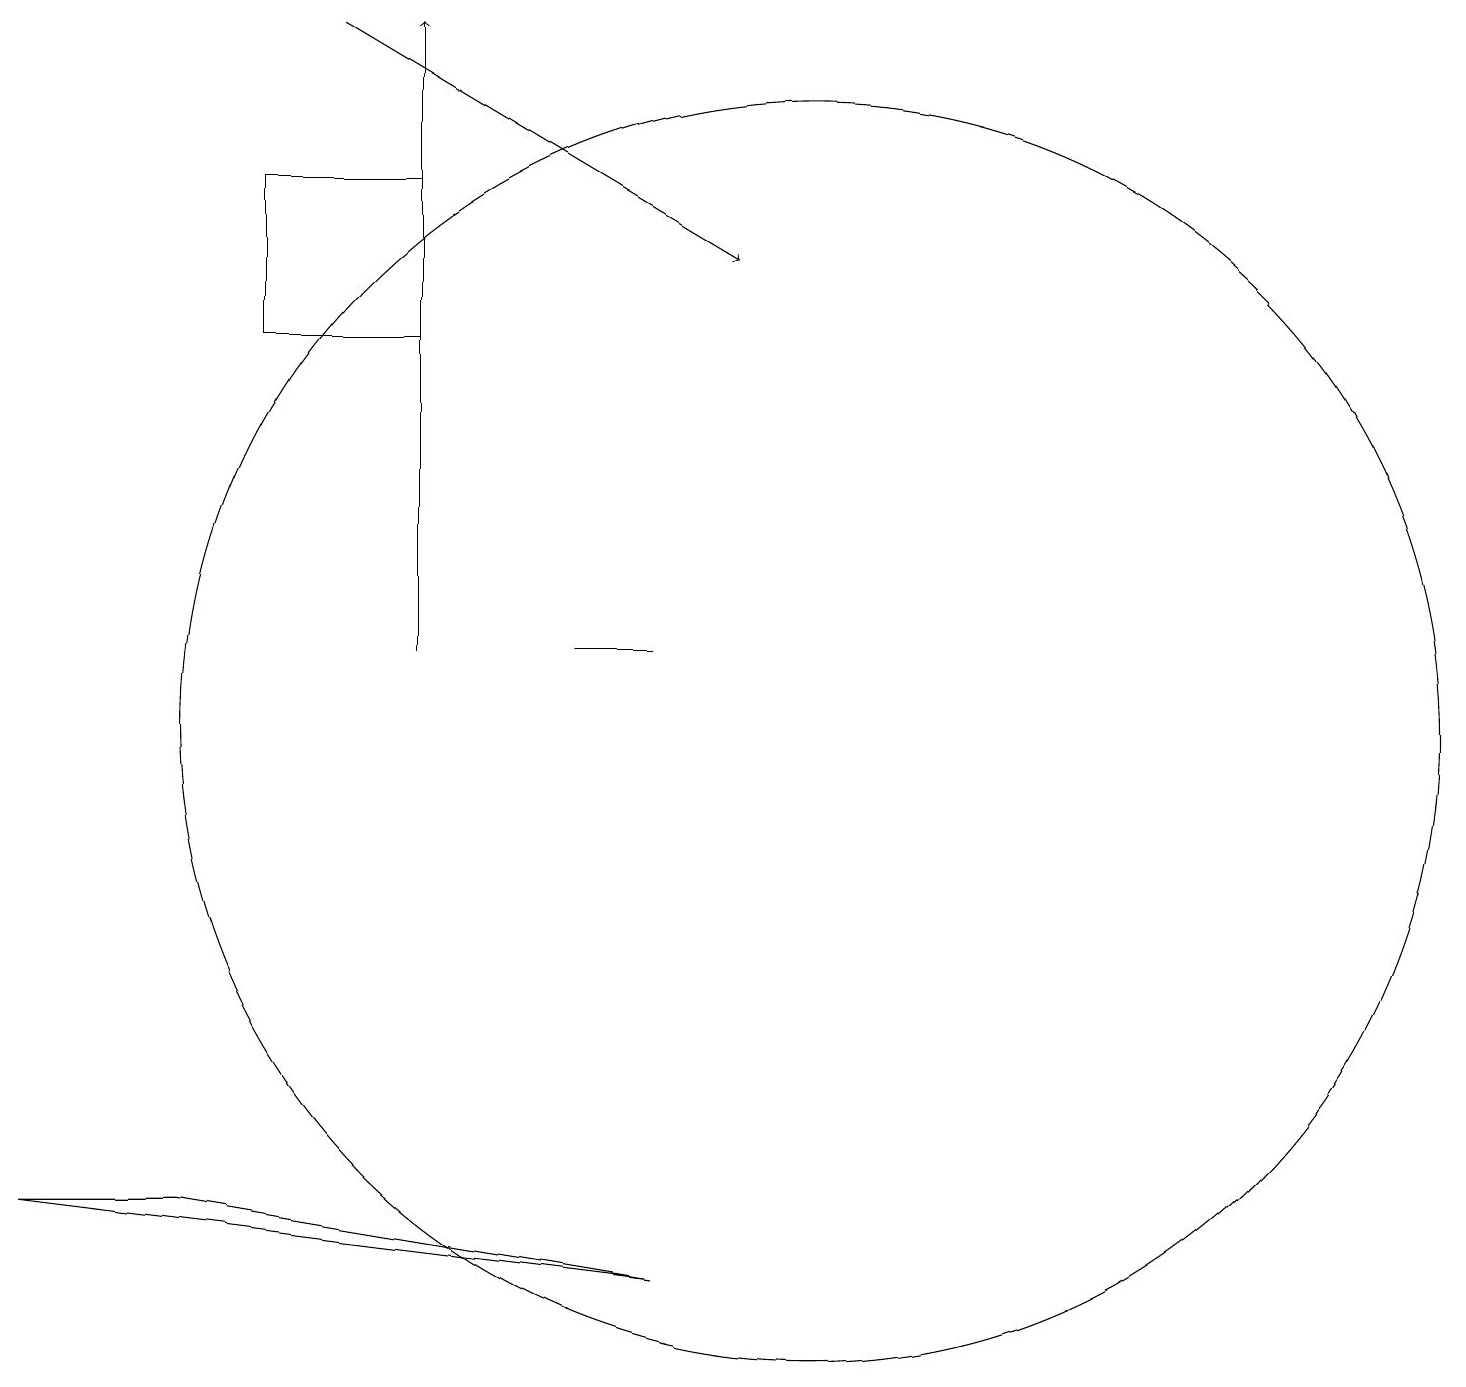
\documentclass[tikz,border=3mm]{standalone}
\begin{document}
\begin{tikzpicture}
\draw[->] (4,19) -- (9,16);
\draw[->] (5,11) -- (5,19);
\draw (8,11) rectangle (7,11);
\draw (3,17) rectangle (5,15);
\draw (10,10) circle (8);
\draw (8,3) -- (0,4) -- (2,4) -- cycle;
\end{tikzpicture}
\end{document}